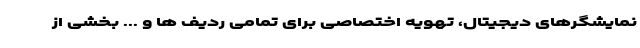
نمایشگرهای دیجیتال، تهویه اختصاصی برای تمامی ردیف ها و ... بخشی از